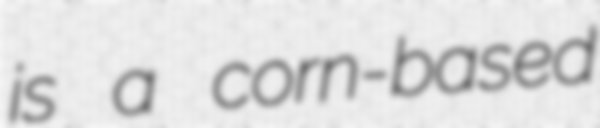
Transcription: is a corn-based